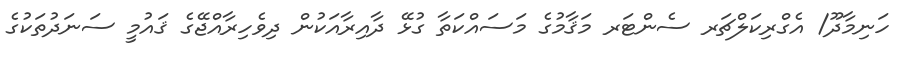
ހަނިމާދޫ/ އެގްރިކަލްޗަރ ސެންޓަރ މަޤާމުގެ މަސައްކަތާ ގުޅޭ ދާއިރާއަކުން ދިވެހިރާއްޖޭގެ ޤައުމީ ސަނަދުތަކުގެ